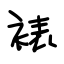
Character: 裱